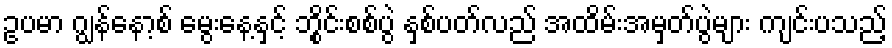
ဥပမာ ဂျွန်နော့စ် မွေးနေ့နှင့် ဘွိုင်းစစ်ပွဲ နှစ်ပတ်လည် အထိမ်းအမှတ်ပွဲများ ကျင်းပသည့်